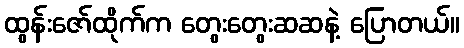
ထွန်းဇော်ထိုက်က တွေးတွေးဆဆနဲ့ ပြောတယ်။